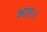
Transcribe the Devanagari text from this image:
भाग।।